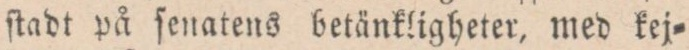
ftadt på ſenatens betänkligheter, med kej=